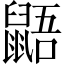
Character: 鼯